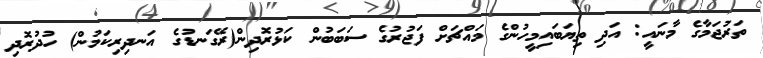
ތަރުޖަމާގެ މާނައީ: އަދި ތިޔަބައިމީހުންގެ މައްޗަށް ފަޖުރުގެ ސަބަބުން ކަޅުރޮދިން(ރޭގަނޑުގެ އަނދިރިކަމުން) ހުދުރޮދި